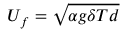
U _ { f } = \sqrt { \alpha g \delta T d }